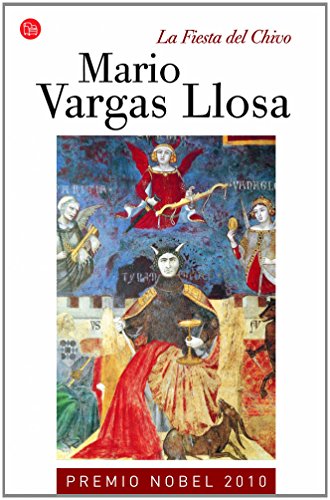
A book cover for La fiesta del chivo (Narrativa (Punto de Lectura)) (Spanish Edition); Mario Vargas Llosa; Literature & Fiction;